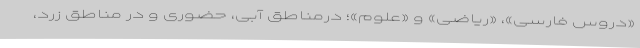
«دروس فارسی»، «ریاضی» و «علوم»؛ درمناطق آبی، حضوری و در مناطق زرد،